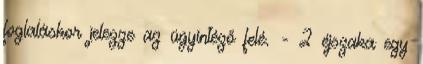
foglaláskor jelezze az ügyintéző felé. - 2 éjszaka egy